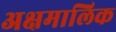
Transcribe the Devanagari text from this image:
अक्षमालिक